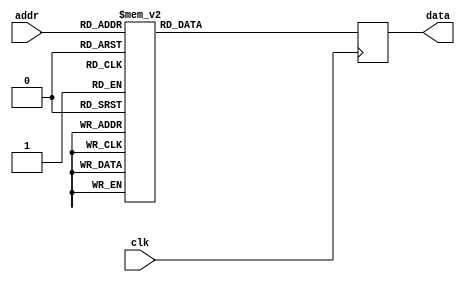
module rom_firbank_96_192(
    input wire clk,
    input wire [3:0] addr,
    output wire [23:0] data);
reg [23:0] data_ff;
assign data = data_ff;
always @(posedge clk) begin
    case(addr)
        0: data_ff <= 24'h16B4E1; 
        1: data_ff <= 24'h050C70; 
        2: data_ff <= 24'hFD6D3E; 
        3: data_ff <= 24'hFEFCB7; 
        4: data_ff <= 24'h003573; 
        5: data_ff <= 24'h0013DD; 
        6: data_ff <= 24'hFFFF42; 
        7: data_ff <= 24'hFFFFF6; 
        8: data_ff <= 24'h1C8992; 
        9: data_ff <= 24'h0DAAE0; 
        10: data_ff <= 24'hFF750F; 
        11: data_ff <= 24'hFDCF4A; 
        12: data_ff <= 24'hFFE0FC; 
        13: data_ff <= 24'h002F67; 
        14: data_ff <= 24'h00036F; 
        15: data_ff <= 24'hFFFF93; 
        default: data_ff <= 0;
    endcase
end
endmodule